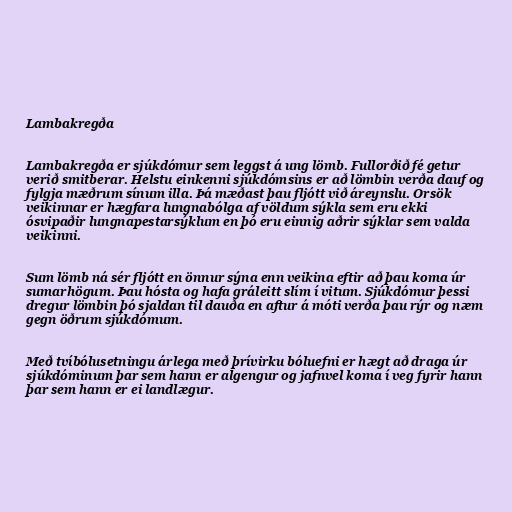
Lambakregða

Lambakregða er sjúkdómur sem leggst á ung lömb. Fullorðið fé getur
verið smitberar. Helstu einkenni sjúkdómsins er að lömbin verða dauf og
fylgja mæðrum sínum illa. Þá mæðast þau fljótt við áreynslu. Orsök
veikinnar er hægfara lungnabólga af völdum sýkla sem eru ekki
ósvipaðir lungnapestarsýklum en þó eru einnig aðrir sýklar sem valda
veikinni.

Sum lömb ná sér fljótt en önnur sýna enn veikina eftir að þau koma úr
sumarhögum. Þau hósta og hafa gráleitt slím í vitum. Sjúkdómur þessi
dregur lömbin þó sjaldan til dauða en aftur á móti verða þau rýr og næm
gegn öðrum sjúkdómum.

Með tvíbólusetningu árlega með þrívirku bóluefni er hægt að draga úr
sjúkdóminum þar sem hann er algengur og jafnvel koma í veg fyrir hann
þar sem hann er ei landlægur.